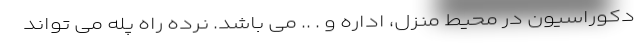
دکوراسیون در محیط منزل، اداره و . .. می باشد. نرده راه پله می تواند